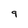
Character: 9